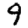
Digit: 9